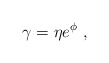
\begin{align*}\gamma=\eta e^{\phi} \ ,\end{align*}